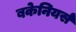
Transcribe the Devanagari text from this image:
बकेनियर्स